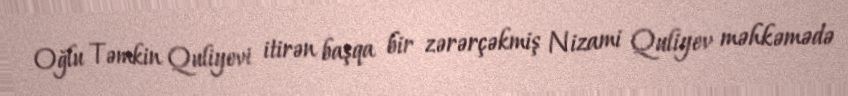
Oğlu Təmkin Quliyevi itirən başqa bir zərərçəkmiş Nizami Quliyev məhkəmədə